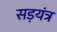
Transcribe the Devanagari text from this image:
सड़यंत्र